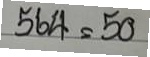
564 = 50